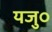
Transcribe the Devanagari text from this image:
यजु०